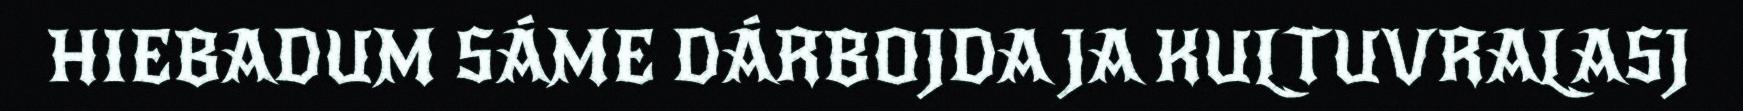
HIEBADUM SÁME DÁRBOJDA JA KULTUVRALASJ